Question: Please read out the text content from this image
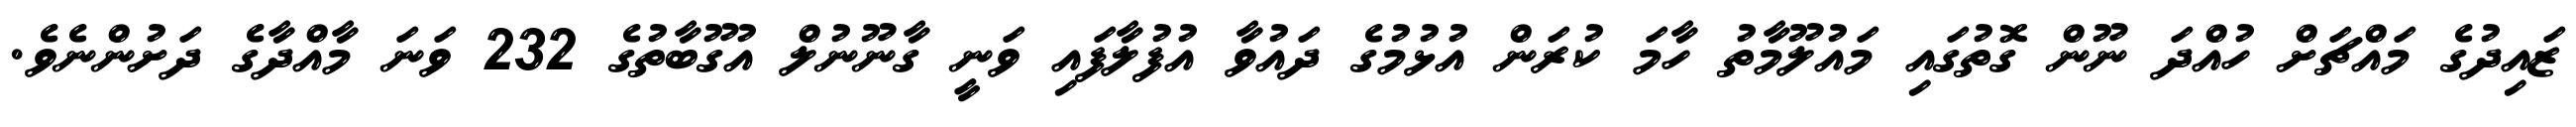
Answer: ޒައިދުގެ މައްޗަށް ހުއްދަ ނޫން ގޮތުގައި މައުލޫމާތު ހާމަ ކުރަން އުޅުމުގެ ދައުވާ އުފުލާފައި ވަނީ ގާނޫނުލް އުގޫބާތުގެ 232 ވަނަ މާއްދާގެ ދަށުންނެވެ.